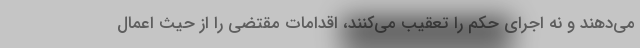
می‌دهند و نه اجرای حکم را تعقیب می‌کنند، اقدامات مقتضی را از حیث اعمال